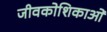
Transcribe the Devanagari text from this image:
जीवकोशिकाओं